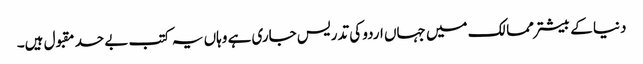
دنیا کے بیشتر ممالک میں جہاں اردو کی تدریس جاری ہے وہاں یہ کتب بے حد مقبول ہیں۔